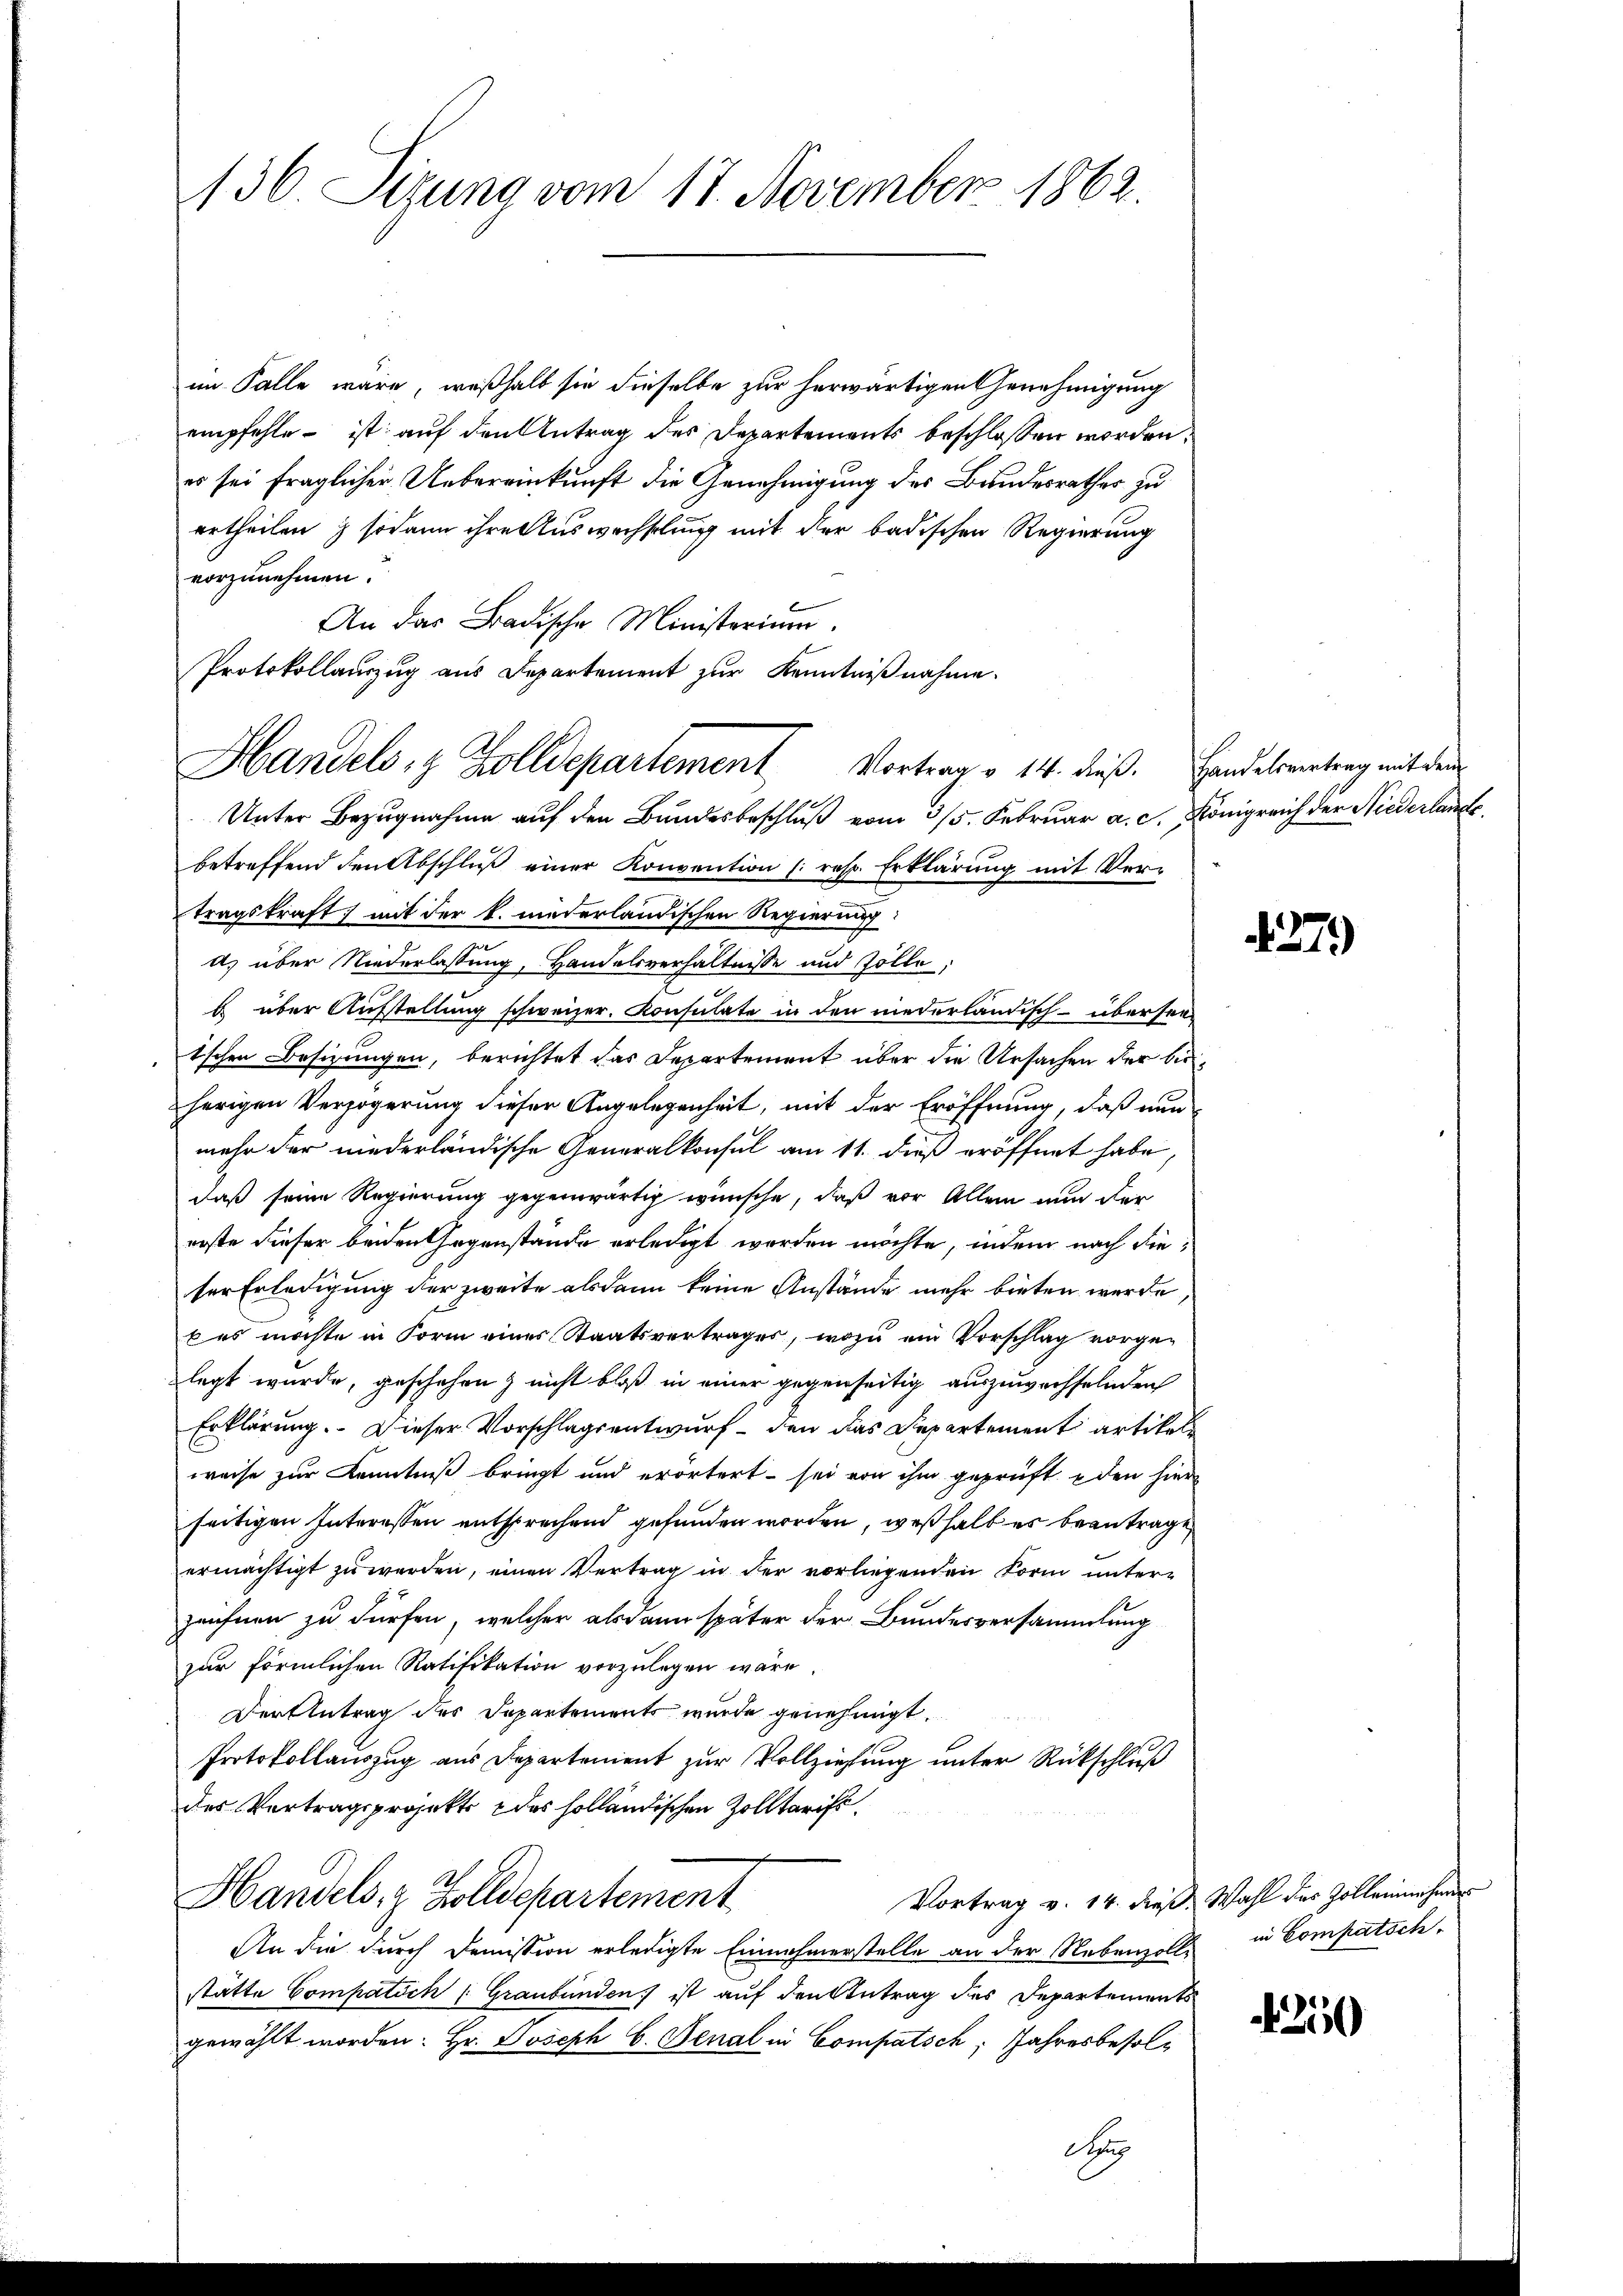
136 Sizung vom 17. November 1862.

im Falle wäre, weßhalb sie dieselbe zur herwärtigen Genehmigung
empfehle - ist auf den Antrag des Departements beschlossen worden,
es sei fraglicher Uebereinkunft die Genehmigung des Bandesrathes zu
ertheilen ; sodann ihre Auswechselung mit der badischen Regierung
vorzunehmen.
An das Badische Ministerium.
Unter Bezugnahme auf den Bundesbeschluß vom 3/5. Februar a. c., Königreich der Niederlande
betreffend den Abschluß einer Konvention (resp. Erklärung mit Ver-
tragskraft; mit der k. niederländischen Regierung
d) über Niederlassung, Handelsverhältnisse und Zolle,
b über Aufstellung schweizer. Konsulate in den niederländisch- überseetschen Besizungen, berichtet das Departement über die Ursachen der bisherigen Verzögerung dieser Angelegenheit, mit der Eröffnung, daß nun
mehr der niederländische Generalkonsul am 11. dieß eröffnet habe,
daß seine Regierung gegenwärtig wünsche, daß vor Allem nun der
erste dieser beiden Gegenstände erledigt worden möchte, indem nach dieser Erledigung der zweite alsdann keine Anstände mehr bieten werde,
b es möchte in Form eines Staatsvertrages, wozu ein Vorschlag vorgelegt wurde, geschehen & nicht bloß in einer gegenseitig auszuwechselnden
Erklärung. Dieser Vorschlagsentwurf - den das Departement artikel
weise zur Kenntniß bringt und erörtert sei von ihm geprüft den hier
seitigen Interessen entsprechend gefunden worden, weßhalb es beantrage
ermächtigt zu werden, einen Vertrag in der vorliegenden Form untere
zeichnen zu dürfen, welcher alsdann später der Bundesversammlung
zur förmlichen Ratifikation vorzulegen wäre.
Dertbetrag des Departements wurde genehmigt.
Protokollauszug aus Departement zur Vollziehung unter Rückschluß
des Vertragsprojekte des holländischen Zolltarifs.
Vortrag v. 14. dieß. Wahl des Zolleinehmer
Handels- & Zolldepartement
An die durch Demission erledigte Einnahmerstelle an der Nebenzolle in Compatsch
stätte Compatsch (Graubünden ist auf den Antrag des Departements
gewählt worden: Hr. Joseph C. Benal in Compatsch: Jahresbesol¬
Sup

Protokollauszug aus Departement zur Kenntnißnahme.
Handels & Zolldepartement Vortrag v. 14. dieß. Handelsvertrag mit dem

37)

420